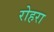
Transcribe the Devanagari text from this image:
रोहरा